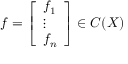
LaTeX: f = { \left[ \begin{array} { l } { f _ { 1 } } \\ { \vdots } \\ { f _ { n } } \end{array} \right] } \in C ( X )